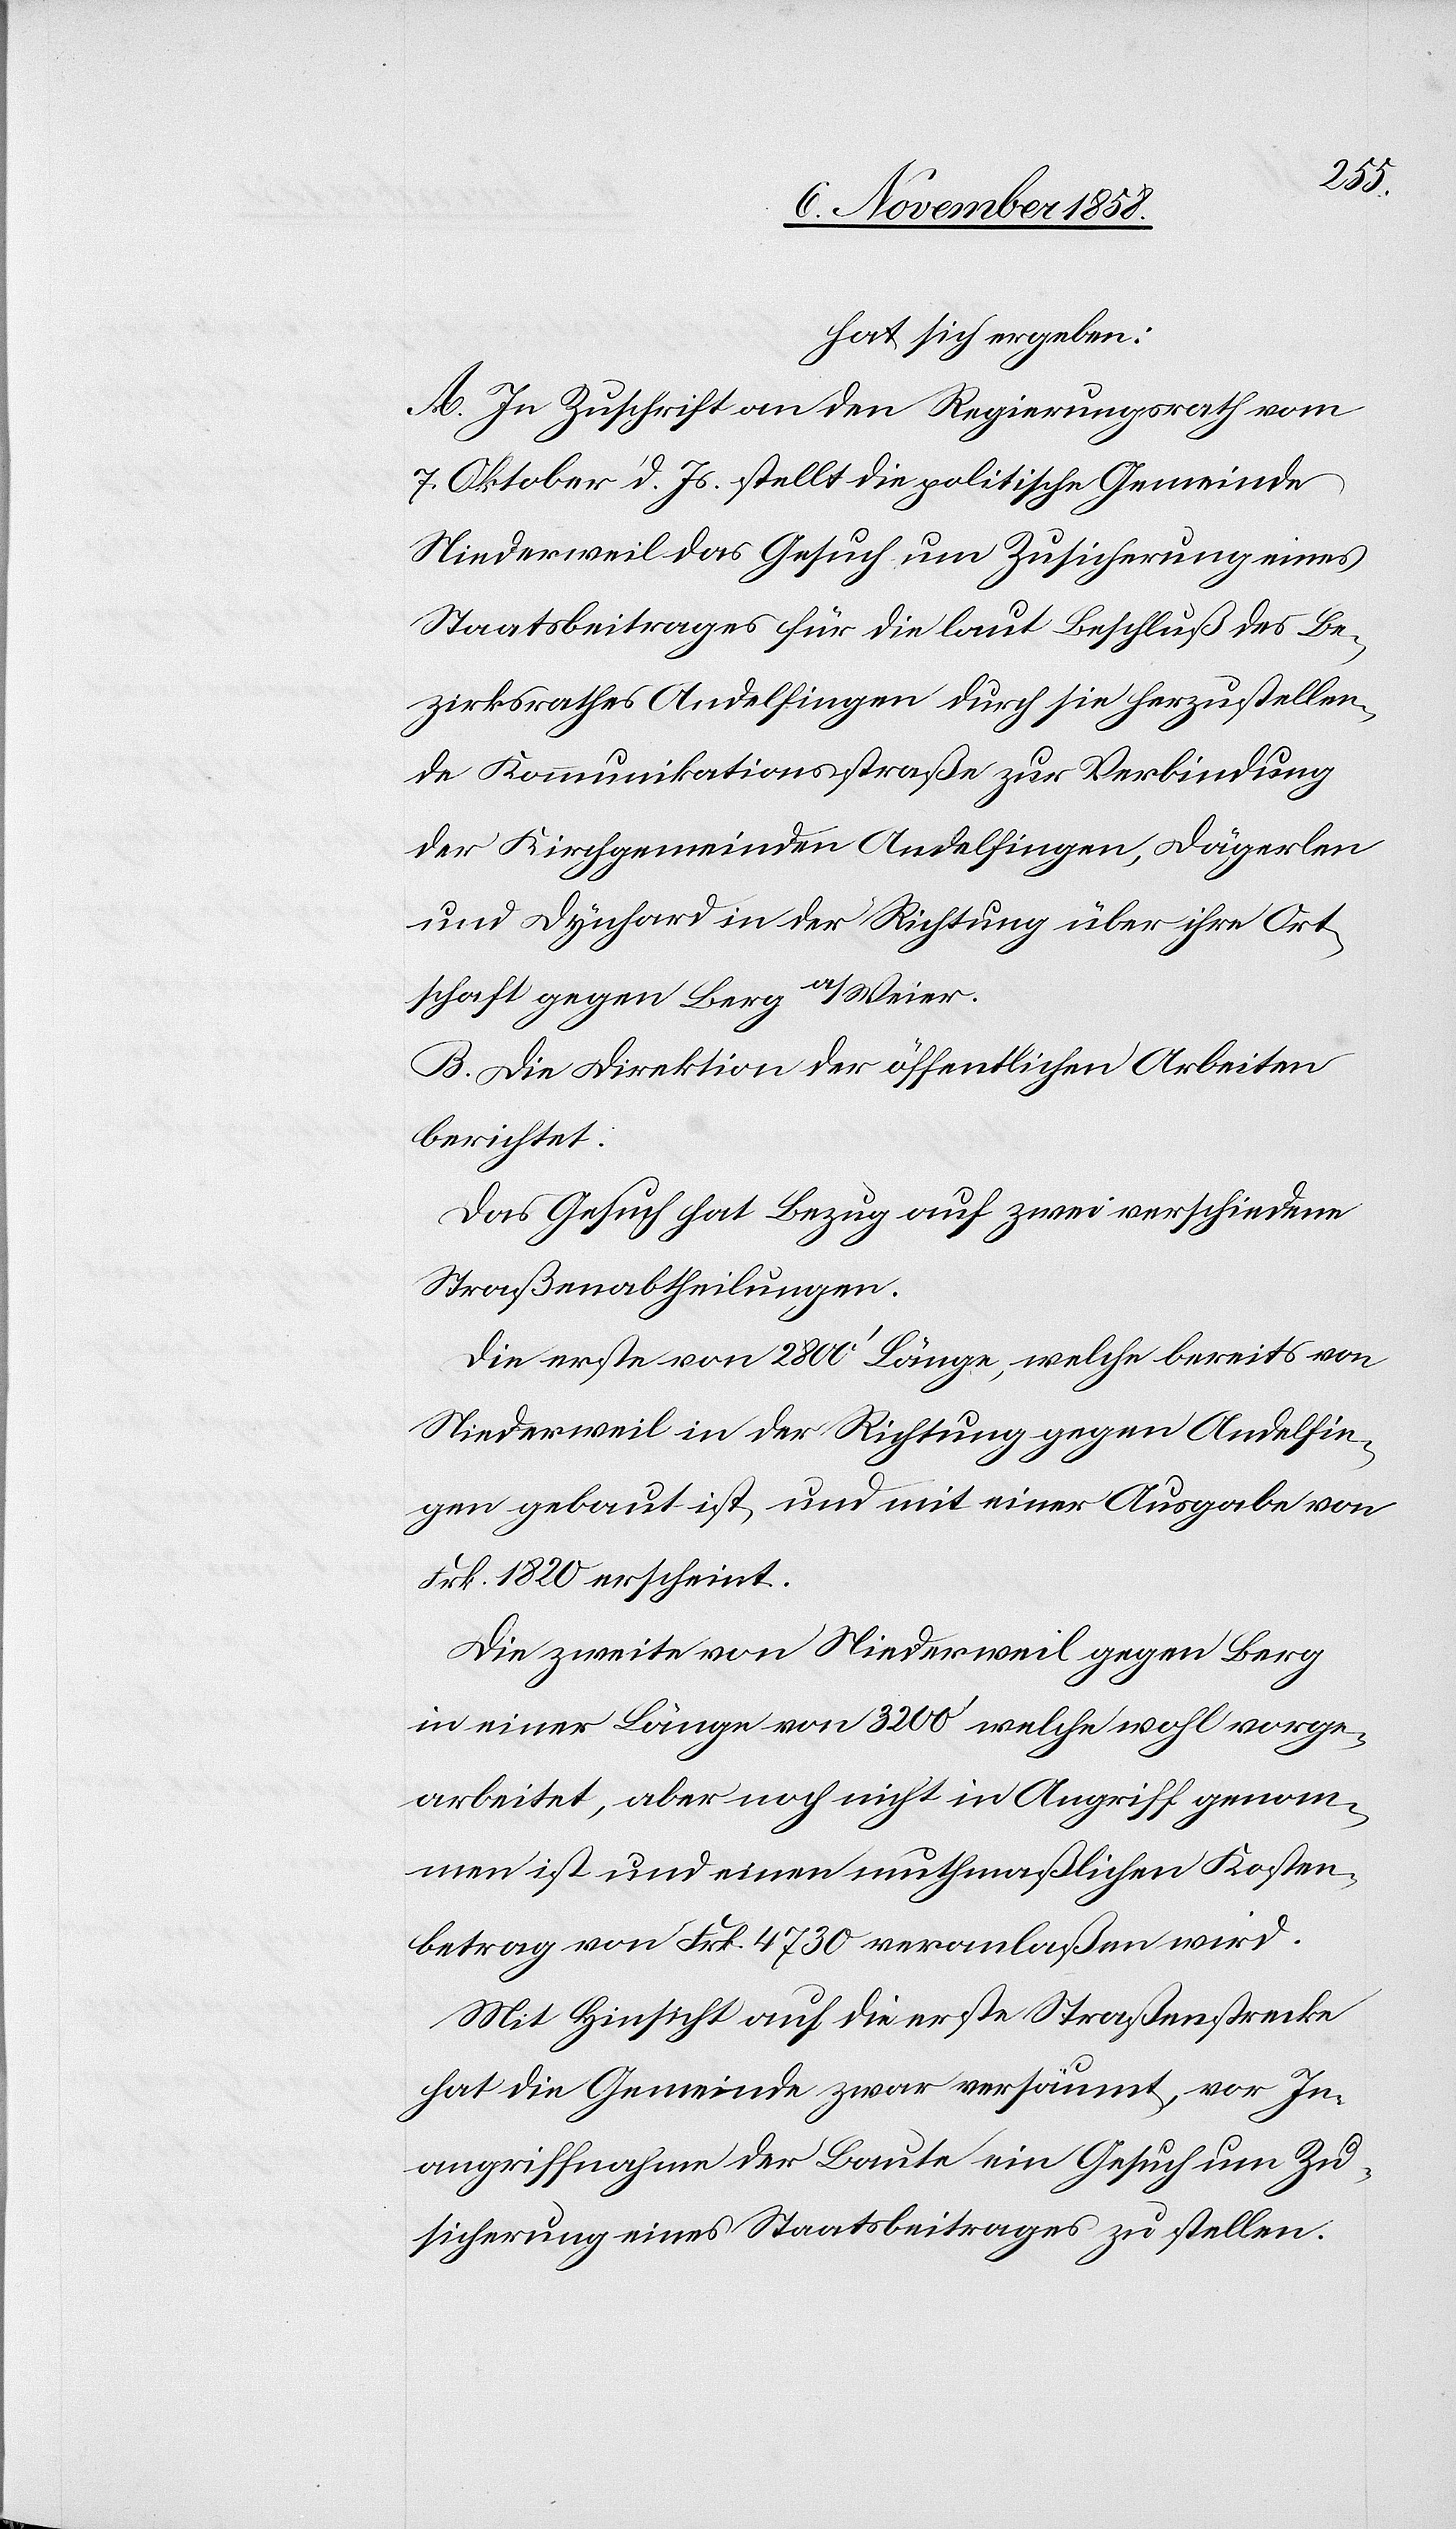
hat sich ergeben:
A. In Zuschrift an den Regierungsrath vom
7. Oktober d. Js. stellt die politische Gemeinde
Niederweil das Gesuch um Zusicherung eines
Staatsbeitrages für die laut Beschluß des Be¬
zirksrathes Andelfingen durch sie herzustellen¬
de Kommunikationsstraße zur Verbindung
der Kirchgemeinden Andelfingen, Dägerlen
und Dynhard in der Richtung über ihre Ort¬
schaft gegen Berg a/Weier.
B. Die Direktion der öffentlichen Arbeiten
berichtet:
Das Gesuch hat Bezug auf zwei verschiedene
Straßenabtheilungen.
Die erste von 2800‘ Länge, welche bereits von
Niederweil in der Richtung gegen Andelfin¬
gen gebaut ist und mit einer Ausgabe von
Frk. 1820 erscheint.
Die zweite von Niederweil gegen Berg
in einer Länge von 3200‘ welche wohl vorge¬
arbeitet, aber noch nicht in Angriff genom¬
men ist und einen muthmaßlichen Kosten¬
betrag von Frk. 4730 veranlaßen wird.
Mit Hinsicht auf die erste Straßenstrecke
hat die Gemeinde zwar versäumt, vor In¬
angriffnahme der Baute ein Gesuch um Zu¬
sicherung eines Staatsbeitrages zu stellen.